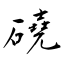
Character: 磽